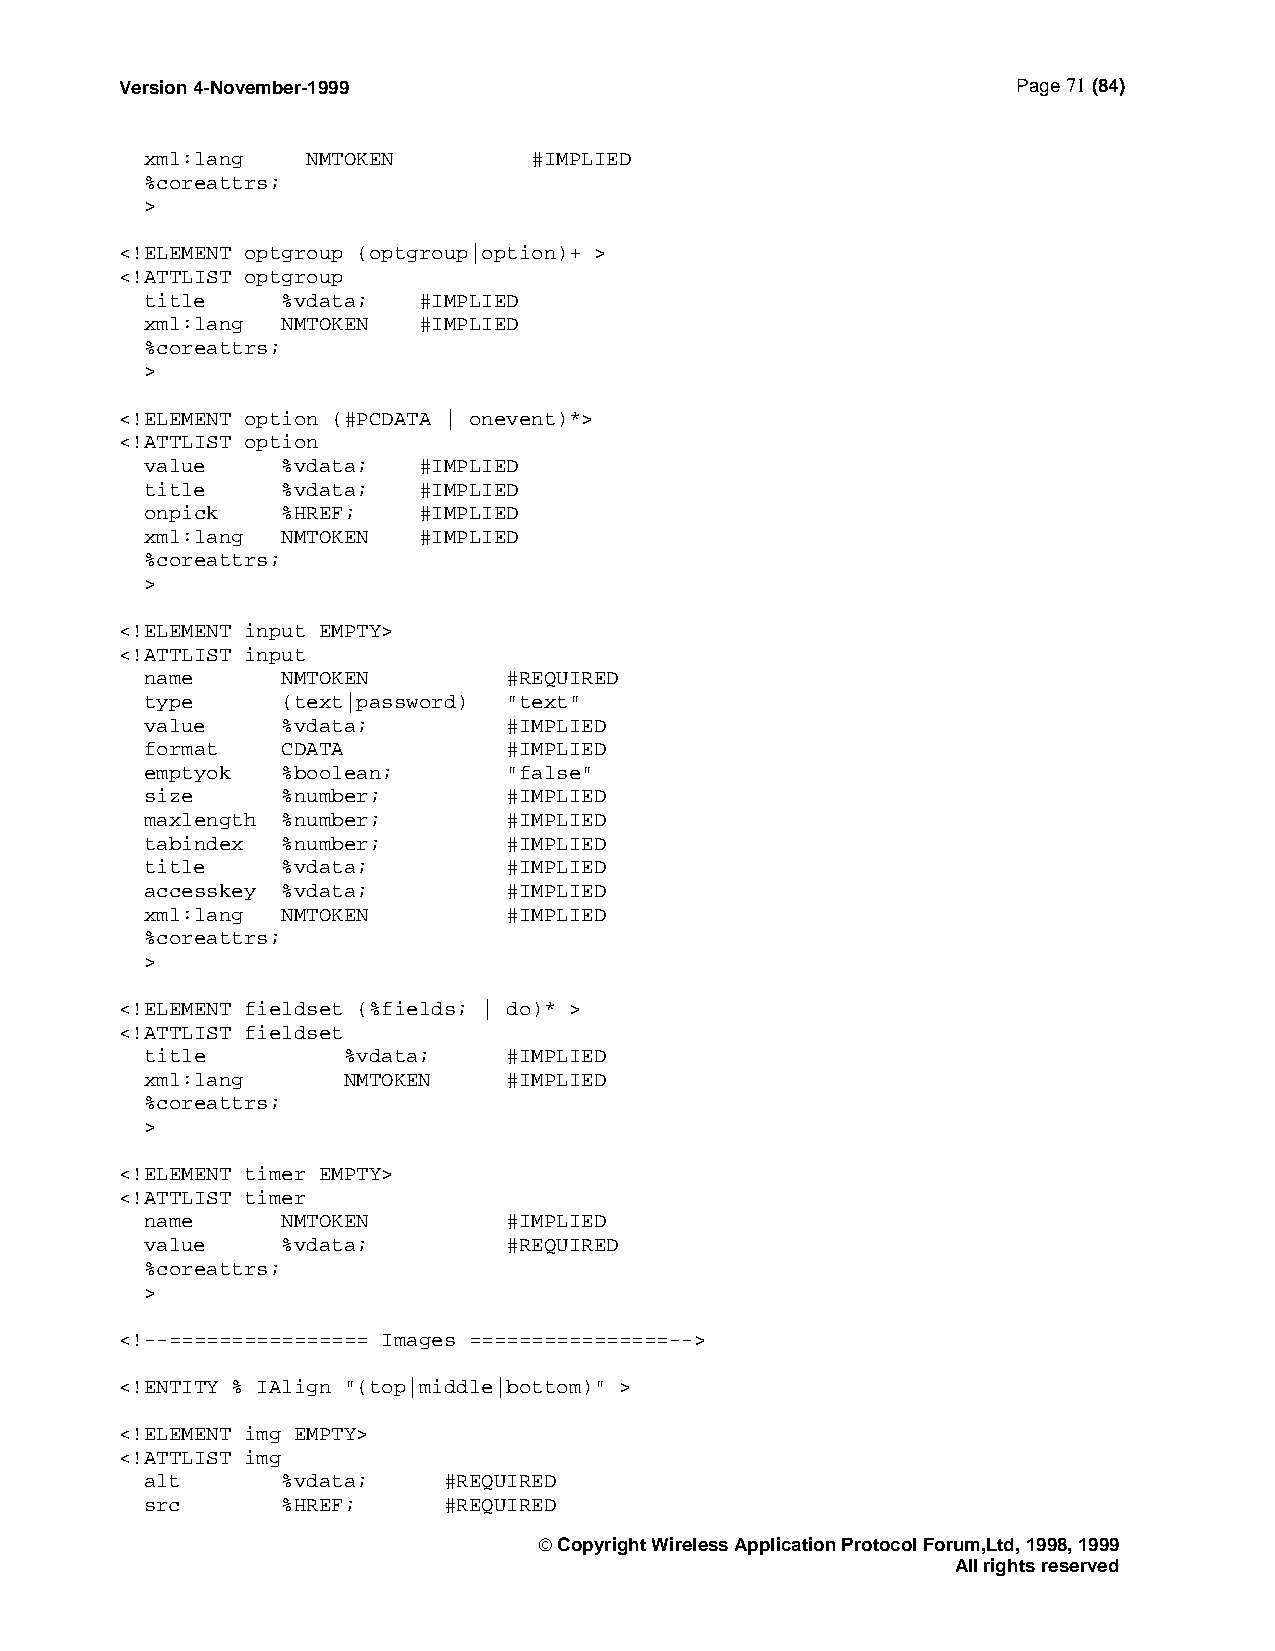
Version 4-November-1999                                    Page 71 (84)
 xml:lang  NMTOKEN        #IMPLIED
 %coreattrs;
 >
 <!ELEMENT optgroup (optgroup|option)+ >
 <!ATTLIST optgroup
 title    %vdata;  #IMPLIED
 xml:lang NMTOKEN  #IMPLIED
 %coreattrs;
 >
 <!ELEMENT option (#PCDATA | onevent)*>
 <!ATTLIST option
 value    %vdata;  #IMPLIED
 title    %vdata;  #IMPLIED
 onpick   %HREF;   #IMPLIED
 xml:lang NMTOKEN  #IMPLIED
 %coreattrs;
 >
 <!ELEMENT input EMPTY>
 <!ATTLIST input
 name     NMTOKEN        #REQUIRED
 type     (text|password) "text"
 value    %vdata;        #IMPLIED
 format   CDATA          #IMPLIED
 emptyok  %boolean;      "false"
 size     %number;       #IMPLIED
 maxlength %number;      #IMPLIED
 tabindex %number;       #IMPLIED
 title    %vdata;        #IMPLIED
 accesskey %vdata;       #IMPLIED
 xml:lang NMTOKEN        #IMPLIED
 %coreattrs;
 >
 <!ELEMENT fieldset (%fields; | do)* >
 <!ATTLIST fieldset
 title        %vdata;    #IMPLIED
 xml:lang     NMTOKEN    #IMPLIED
 %coreattrs;
 >
 <!ELEMENT timer EMPTY>
 <!ATTLIST timer
 name     NMTOKEN        #IMPLIED
 value    %vdata;        #REQUIRED
 %coreattrs;
 >
 <!--================ Images ================-->
 <!ENTITY % IAlign "(top|middle|bottom)" >
 <!ELEMENT img EMPTY>
 <!ATTLIST img
 alt      %vdata;   #REQUIRED
 src      %HREF;    #REQUIRED
  Copyright Wireless Application Protocol Forum,Ltd, 1998, 1999
 All rights reserved